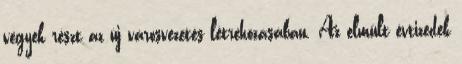
vegyek részt az új városvezetés létrehozásában. Az elmúlt évtizedek